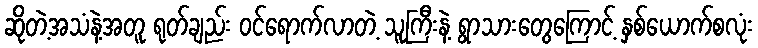
ဆိုတဲ့အသံနဲ့အတူ ရုတ်ချည်း ဝင်ရောက်လာတဲ့ သူကြီးနဲ့ ရွာသားတွေကြောင့် နှစ်ယောက်စလုံး